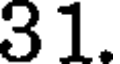
31.